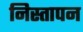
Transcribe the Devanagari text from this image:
निस्तापन